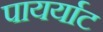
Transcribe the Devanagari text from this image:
पायर्याट